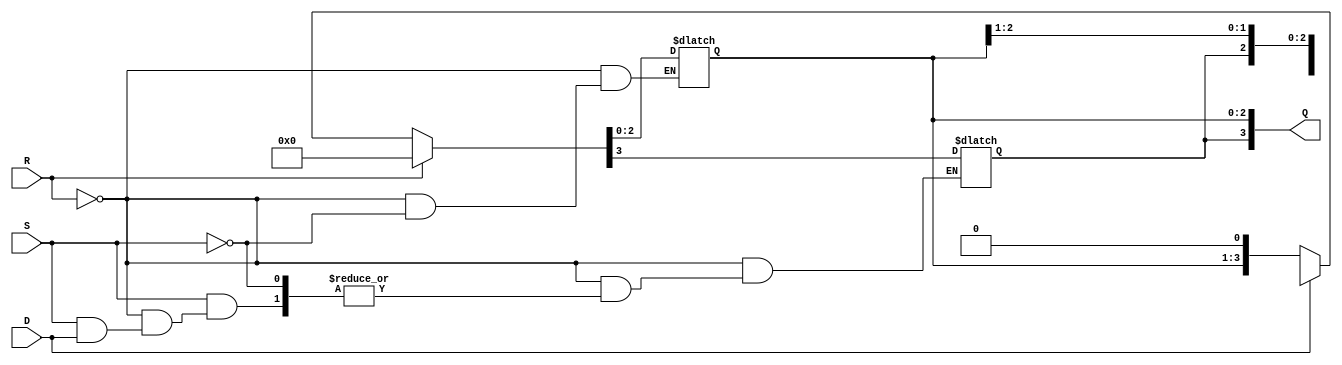
module async_shift_counter (
    input wire S,          // Shift input
    input wire R,          // Asynchronous reset
    input wire D,          // Direction (0 for left, 1 for right)
    output reg [3:0] Q     // 4-bit counter output
);

    // Asynchronous reset
    always @* begin
        if (R) begin
            Q = 4'b0000;  // Reset counter to zero
        end else if (S) begin
            if (D) begin
                // Shift right
                Q = {Q[3], Q[3:1]}; // Shift right and introduce MSB
            end else begin
                // Shift left
                Q = {Q[2:0], 1'b0}; // Shift left and introduce LSB as 0
            end
        end
    end

endmodule